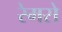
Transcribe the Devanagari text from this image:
रेमसे